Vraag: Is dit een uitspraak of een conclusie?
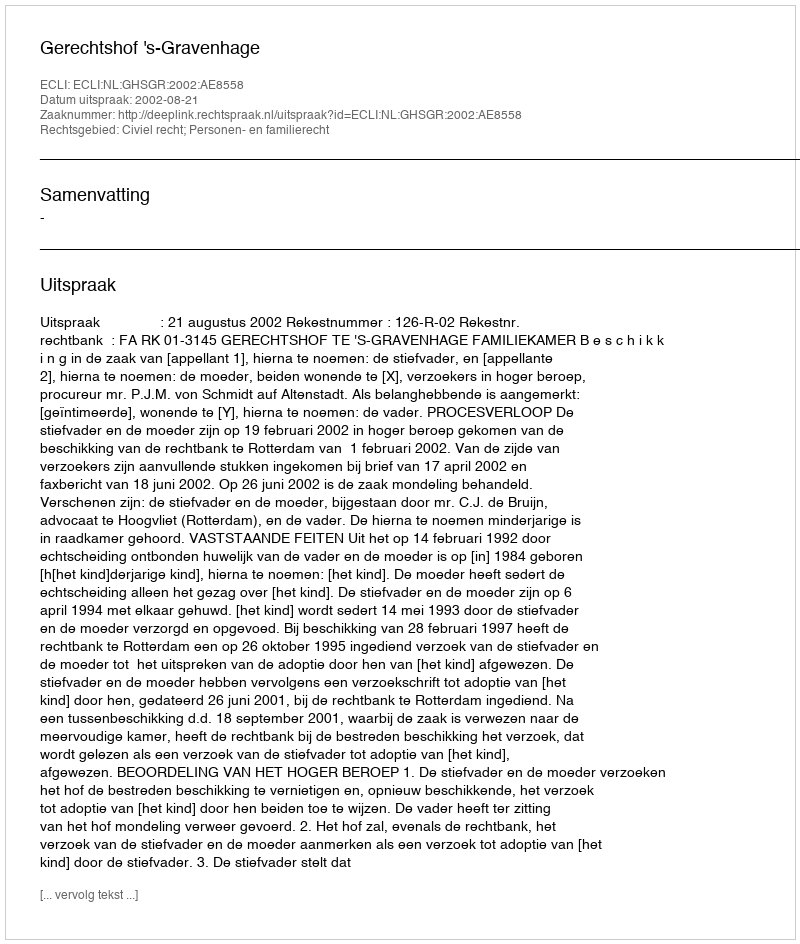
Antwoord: Uitspraak